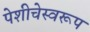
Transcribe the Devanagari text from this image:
पेशीचेस्वरूप